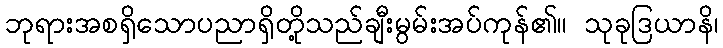
ဘုရားအစရှိသောပညာရှိတို့သည်ချီးမွမ်းအပ်ကုန်၏။ သုခုဒြယာနိ၊